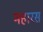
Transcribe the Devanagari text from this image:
महारस